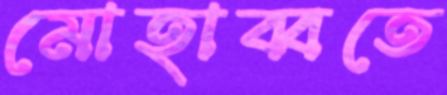
মোহাব্বতে